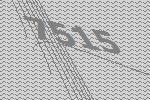
7515